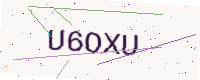
Text: U6OXU